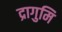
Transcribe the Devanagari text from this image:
द्रागुमि